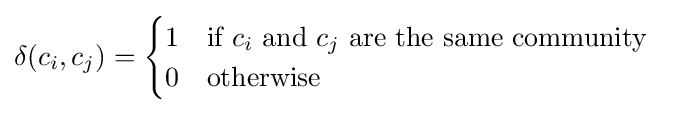
{\begin{aligned}\delta (c_{i},c_{j})&={\begin{cases}1&{\text{if }}c_{i}{\text{ and }}c_{j}{\text{ are the same community}}\\0&{\text{otherwise}}\end{cases}}\end{aligned}}